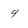
Character: 9